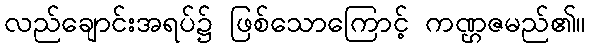
လည်ချောင်းအရပ်၌ ဖြစ်သောကြောင့် ကဏ္ဌဇမည်၏။